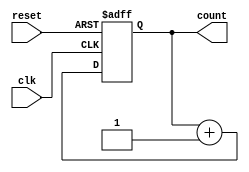
module ripple_counter (
    input wire clk,        // Clock input
    input wire reset,      // Asynchronous reset
    output reg [3:0] count // 4-bit counter output
);

    // Always block triggered on the clock edge or reset
    always @(posedge clk or posedge reset) begin
        if (reset) begin
            count <= 4'b0000; // Reset the counter to 0
        end else begin
            count <= count + 1; // Increment the counter
        end
    end

endmodule